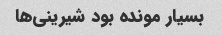
بسیار مونده بود شیرینی‌ها